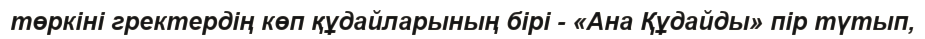
төркіні гректердің көп құдайларының бірі - «Ана Құдайды» пір түтып,